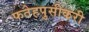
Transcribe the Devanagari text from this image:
फतेहपुसीकरी